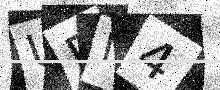
Text: UDN4